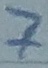
Text: 7